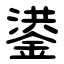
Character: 鍙